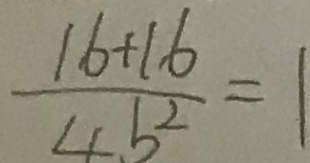
\frac { 1 6 + 1 6 } { 4 b ^ { 2 } } = 1